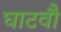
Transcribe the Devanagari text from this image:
घाटवौ